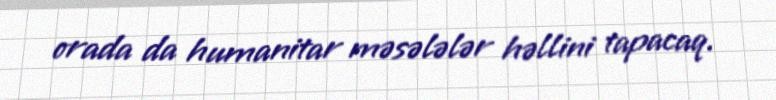
orada da humanitar məsələlər həllini tapacaq.